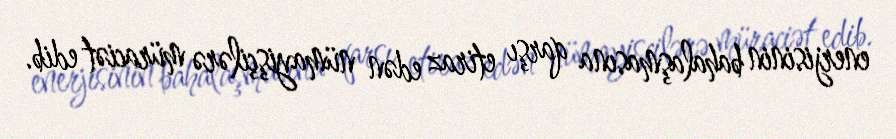
enerjisinin bahalaşmasına qarşı etiraz edən nümayişçilərə müraciət edib.